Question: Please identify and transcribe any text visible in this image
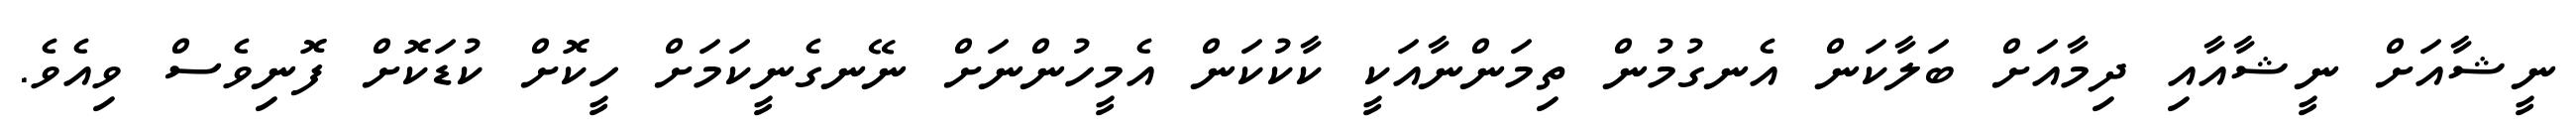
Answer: ނީޝާއަށް ނީޝާއާއި ދިމާއަށް ބަލާކަން އެނގުމުން ތިމަންނާއަކީ ކާކުކަން އެމީހުންނަށް ނޭނގެނީކަމަށް ހީކޮށް ކުޑަކޮށް ފޮނިވެސް ވިއެވެ.